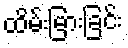
ထိမ်းမြားခြင်း